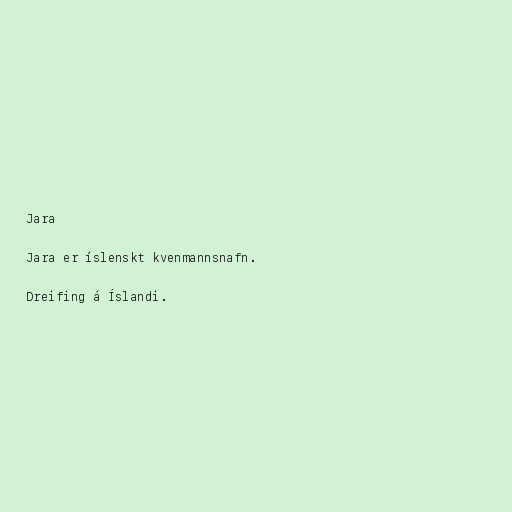
Jara

Jara er íslenskt kvenmannsnafn.

Dreifing á Íslandi.